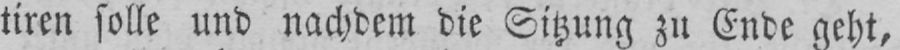
tiren solle und nachdem die Sitzung zu Ende geht,